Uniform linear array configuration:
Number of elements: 4
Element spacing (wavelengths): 0.5
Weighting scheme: blackman
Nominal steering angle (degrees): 15
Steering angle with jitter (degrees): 16.673
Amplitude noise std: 0.05
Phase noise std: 0.05

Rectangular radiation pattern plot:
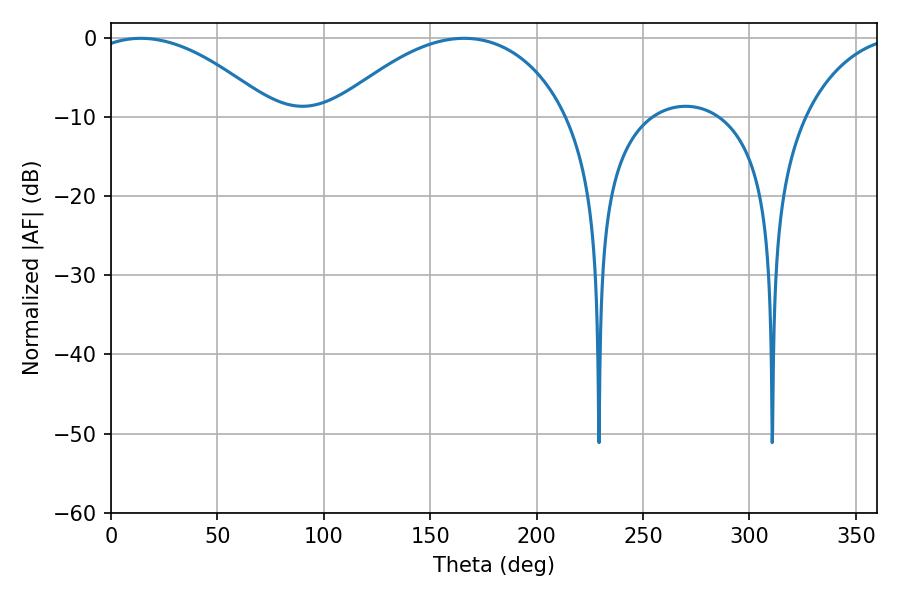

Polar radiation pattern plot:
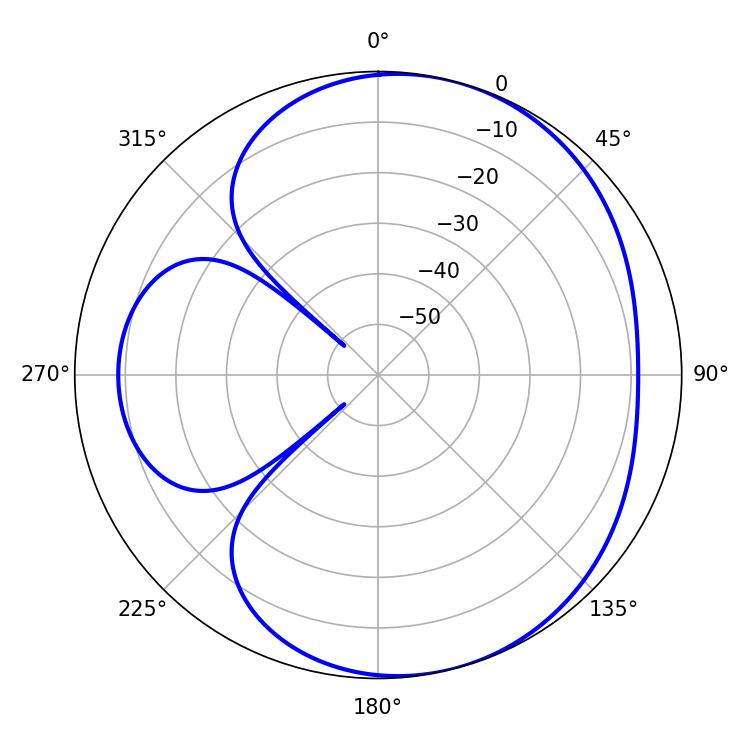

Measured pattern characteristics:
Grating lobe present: FALSE
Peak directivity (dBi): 5.109
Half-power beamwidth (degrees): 47.88
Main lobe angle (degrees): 14.04